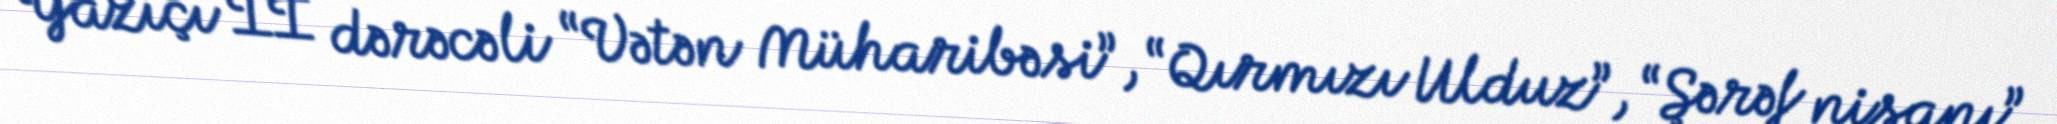
Yazıçı II dərəcəli “Vətən Müharibəsi”, “Qırmızı Ulduz”, “Şərəf nişanı”